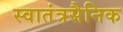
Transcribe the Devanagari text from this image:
स्वातंत्रसैनिक